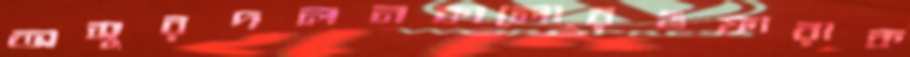
অসুরদলনকালোরঙফারাক